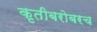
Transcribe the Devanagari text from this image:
कृतीबरोबरच